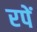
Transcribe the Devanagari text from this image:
रपें